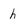
Character: h